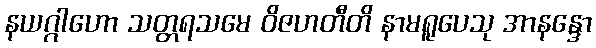
နယဂ္ဂါဟော သတ္တရသမေ ဝိဇဟတီတိ နာမရူပေသု အာနန္ဒော